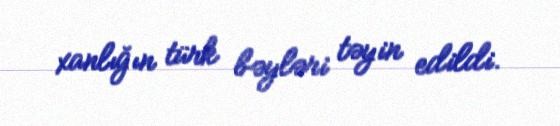
xanlığın türk bəyləri təyin edildi.